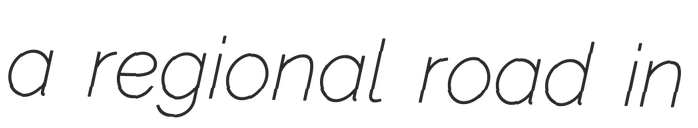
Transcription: a regional road in